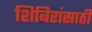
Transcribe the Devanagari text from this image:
शिबिरांसाठी